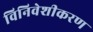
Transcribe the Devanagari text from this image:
विनिवेशीकरण